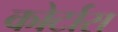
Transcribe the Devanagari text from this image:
कोर्टास